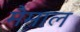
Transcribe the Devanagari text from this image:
मैमाल